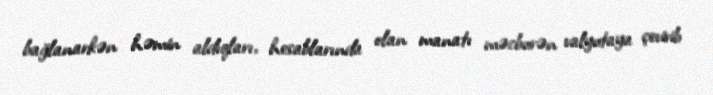
bağlanarkən həmin aldıqları, hesablarında olan manatı məcburən valyutaya çevirib